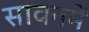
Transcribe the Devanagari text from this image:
सावनमें